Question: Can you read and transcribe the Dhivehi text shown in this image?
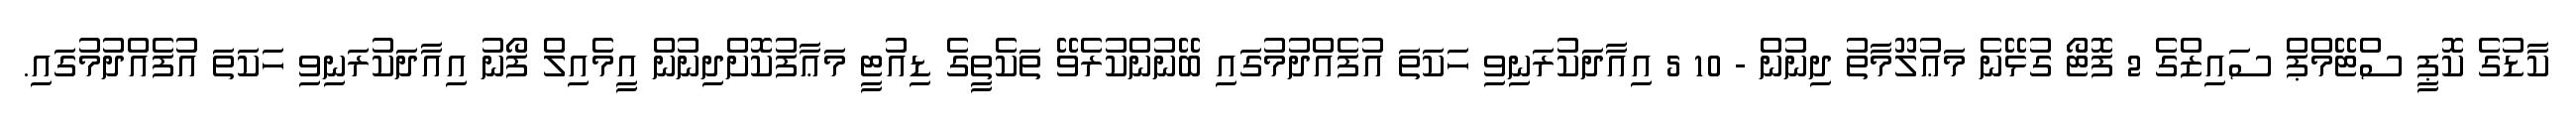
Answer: ކާޑުގެ ކޮޕީ ސްޓޭމްޕް ސައިޒްގެ 2 ފޮޓޯ ގުޅޭނެ މަޢުލޫމާތު ދިނުން - 10 5 އިއާދަކުރަނިވި ހަކަތަ އުފެއްދުމުގައި ބޭނުންކުރެވޭ ތަކެތީގެ ޑިއުޓީ މަޢާފުކޮށްދިނުން އީމެއިލް ފޯނު އިއާދަކުރަނިވި ހަކަތަ އުފެއްދުމުގައި.